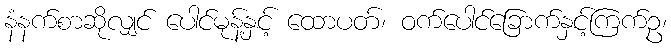
နံနက်စာဆိုလျှင် ပေါင်မုန့်နှင့် ထောပတ်၊ ဝက်ပေါင်ခြောက်နှင့်ကြက်ဥ၊